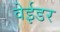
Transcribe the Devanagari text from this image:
वेईडर